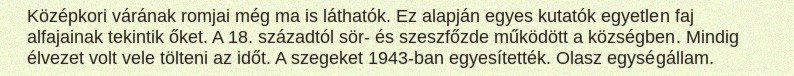
Középkori várának romjai még ma is láthatók. Ez alapján egyes kutatók egyetlen faj alfajainak tekintik őket. A 18. századtól sör- és szeszfőzde működött a községben. Mindig élvezet volt vele tölteni az időt. A szegeket 1943-ban egyesítették. Olasz egységállam.